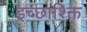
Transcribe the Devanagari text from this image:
इच्छाश्क्ति